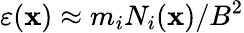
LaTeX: \varepsilon({\mathbf x})\approx{m_{i}N_{i}({\mathbf x})/B^{2}}